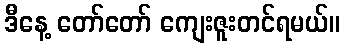
ဒီနေ့ တော်တော် ကျေးဇူးတင်ရမယ်။